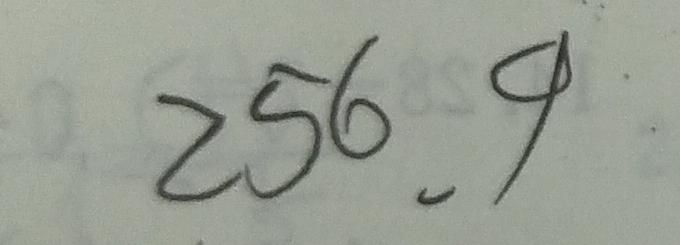
2 5 6 . 9